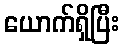
ယောက်ရှိပြီး